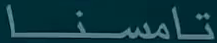
تامسنا